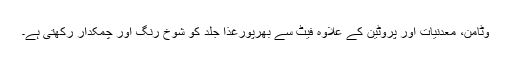
وٹامن، معدنیات اور پروٹین کے علاوہ فیٹ سے بھرپورغذا جلد کو شوخ رنگ اور چمکدار رکھتی ہے۔